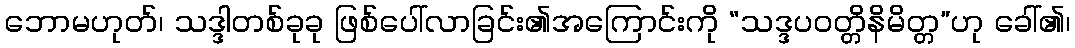
ဘောမဟုတ်၊ သဒ္ဒါတစ်ခုခု ဖြစ်ပေါ်လာခြင်း၏အကြောင်းကို “သဒ္ဒပဝတ္တိနိမိတ္တ”ဟု ခေါ်၏၊